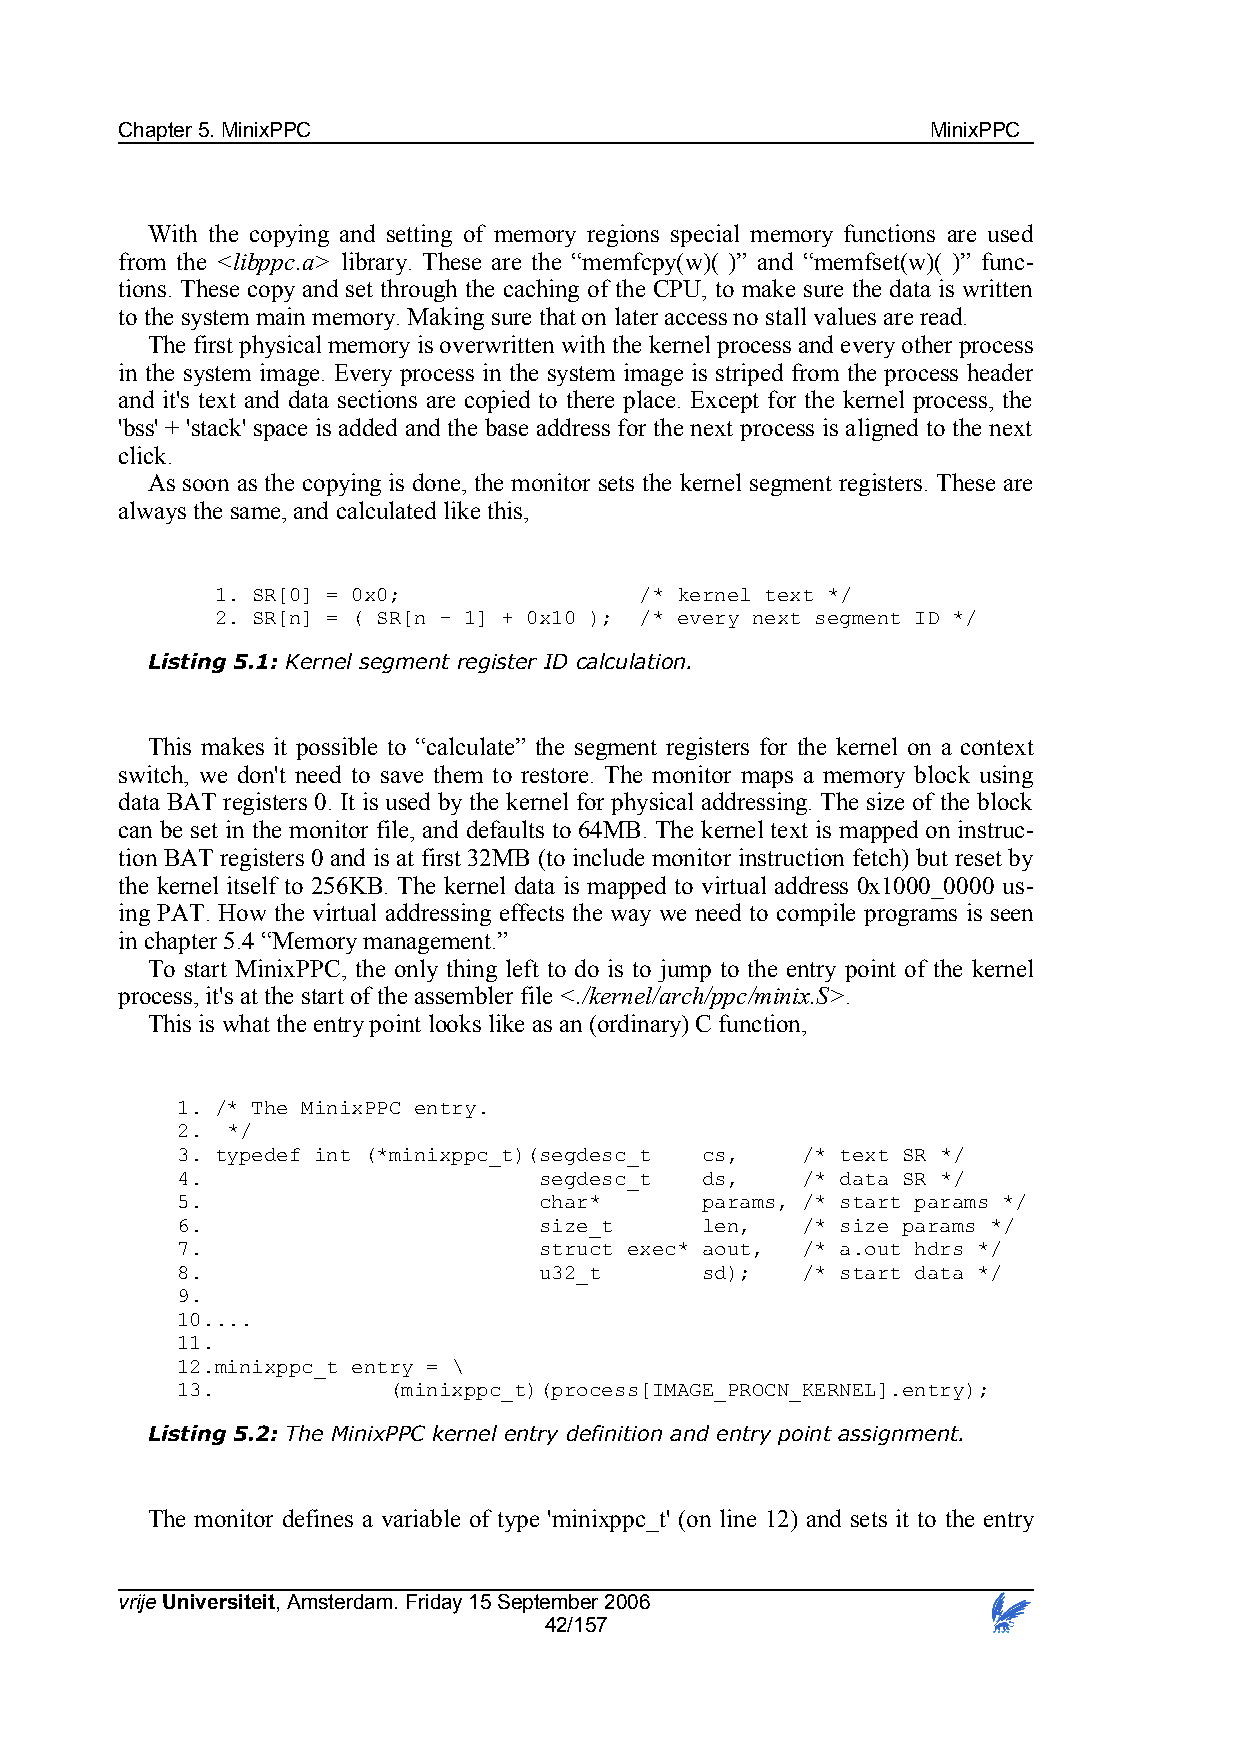
Chapter 5. MinixPPC                                   MinixPPC
 With the copying and setting of memory regions special memory functions are used
 from the <libppc.a> library. These are the “memfcpy(w)( )” and “memfset(w)( )” func-
 tions. These copy and set through the caching of the CPU, to make sure the data is written
 to the system main memory. Making sure that on later access no stall values are read.
 The first physical memory is overwritten with the kernel process and every other process
 in the system image. Every process in the system image is striped from the process header
 and it's text and data sections are copied to there place. Except for the kernel process, the
 'bss' + 'stack' space is added and the base address for the next process is aligned to the next
 click.
 As soon as the copying is done, the monitor sets the kernel segment registers. These are
 always the same, and calculated like this,
 1. SR[0] = 0x0;             /* kernel text */
 2. SR[n] = ( SR[n – 1] + 0x10 ); /* every next segment ID */
 Listing 5.1: Kernel segment register ID calculation.
 This makes it possible to “calculate” the segment registers for the kernel on a context
 switch, we don't need to save them to restore. The monitor maps a memory block using
 data BAT registers 0. It is used by the kernel for physical addressing. The size of the block
 can be set in the monitor file, and defaults to 64MB. The kernel text is mapped on instruc-
 tion BAT registers 0 and is at first 32MB (to include monitor instruction fetch) but reset by
 the kernel itself to 256KB. The kernel data is mapped to virtual address 0x1000_0000 us-
 ing PAT. How the virtual addressing effects the way we need to compile programs is seen
 in chapter 5.4 “Memory management.”
 To start MinixPPC, the only thing left to do is to jump to the entry point of the kernel
 process, it's at the start of the assembler file <./kernel/arch/ppc/minix.S>.
 This is what the entry point looks like as an (ordinary) C function,
 1. /* The MinixPPC entry.
 2. */
 3. typedef int (*minixppc_t)(segdesc_t cs, /* text SR */
 4.                      segdesc_t ds,    /* data SR */
 5.                      char*     params, /* start params */
 6.                      size_t    len,   /* size params */
 7.                      struct exec* aout, /* a.out hdrs */
 8.                      u32_t     sd);   /* start data */
 9.
 10....
 11.
 12.minixppc_t entry = \
 13.           (minixppc_t)(process[IMAGE_PROCN_KERNEL].entry);
 Listing 5.2: The MinixPPC kernel entry definition and entry point assignment.
 The monitor defines a variable of type 'minixppc_t' (on line 12) and sets it to the entry
 vrije Universiteit, Amsterdam. Friday 15 September 2006
 42/157